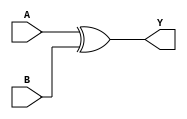
module xor_gate ( 
    input A, B, 
    output reg Y 
); 

// Gate Level Modeling 
// xor d1(Y, A, B); 

// Dataflow Modeling 
// assign Y = A ^ B; 

// Behavioral Modeling 
/* 
Note: the output in this modeling must be also defined as reg, alias output reg Y. 
Note (https://electronics.stackexchange.com/questions/321125/why-need-to-declare-output-as-a-register-in-verilog): 
In your case you are using your output in an always block, so your output cannot be a wire.  
If not specified to be otherwise an output is assumed to be a wire type. 
In order to make the assignment in an always block you must therefore explicitly declare the output as a reg (i.e. output reg). 
*/ 

always @(A or B) 
    /* 
    begin 
        if (A == 0 & B == 0) 
        Y = 0; 
        else if (A == 1 & B == 1)  
        Y = 0; 
        else 
        Y = 1; 
    end 
    */ 

    Y = A ^ B; 
 
endmodule 

module tb_xor_gate(); 
reg a, b; 
wire y; 

xor_gate d2(.Y(y), .A(a), .B(b)); 

initial 
    begin 
        $dumpfile("xor_gate.vcd"); 
        $dumpvars(0, tb_xor_gate); 
        a = 1'b0; 
        b = 1'b0; 
        #1 
        a = 1'b0; 
        b = 1'b1; 
        #1 
        a = 1'b1; 
        b = 1'b0; 
        #1 
        a = 1'b1; 
        b = 1'b1; 
        #10 
        $finish;  
    end 

always @(y) 
    // Display output everytime output changes 
    $monitor("time=%0t \t a = %b b = %b y = %b", $time, a, b, y); 

endmodule 

/*  
Note: 
- `UPPERCASE` for modelling 
- `lowercase` for testbench 
- `iverilog -o main.vvp main.v` --> to compile 
- `vvp main.vvp` --> observe output, the dumpfile will be generated afterwards 
- `gtkwave xor_gate.vcd` --> open the waveform 
- keyword reg, wire can't be declared as the argument of module testbench 
*/